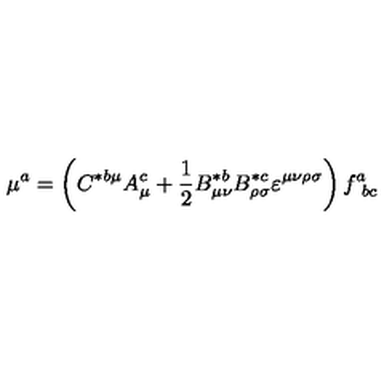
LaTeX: \mu ^ { a } = \left( C ^ { * b \mu } A _ { \mu } ^ { c } + \frac 1 2 B _ { \mu \nu } ^ { * b } B _ { \rho \sigma } ^ { * c } \varepsilon ^ { \mu \nu \rho \sigma } \right) f _ { \ b c } ^ { a }